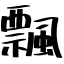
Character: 飄